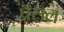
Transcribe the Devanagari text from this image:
प्रॅसल